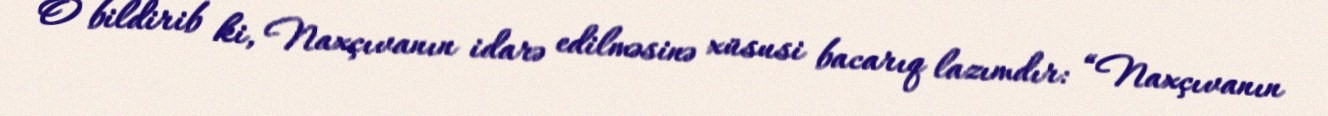
O bildirib ki, Naxçıvanın idarə edilməsinə xüsusi bacarıq lazımdır: “Naxçıvanın